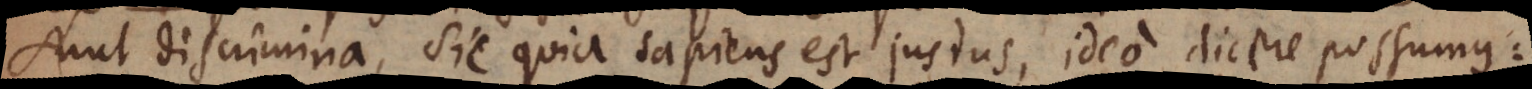
sunt discrimina, sic quia sapiens est justus, ideo dicere possumus: